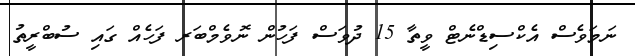
ނަމަވެސް އެކްސިޑްނެޓް ވީތާ 15 ދުވަސް ފަހުން ނޮވެމްބަރ ފަހެއް ގައި ސުބްރީތު